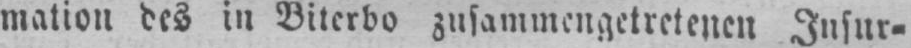
mation des in Viterbo zusammengetretenen Insur⸗